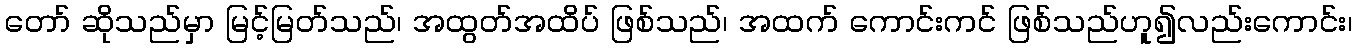
တော် ဆိုသည်မှာ မြင့်မြတ်သည်၊ အထွတ်အထိပ် ဖြစ်သည်၊ အထက် ကောင်းကင် ဖြစ်သည်ဟူ၍လည်းကောင်း၊